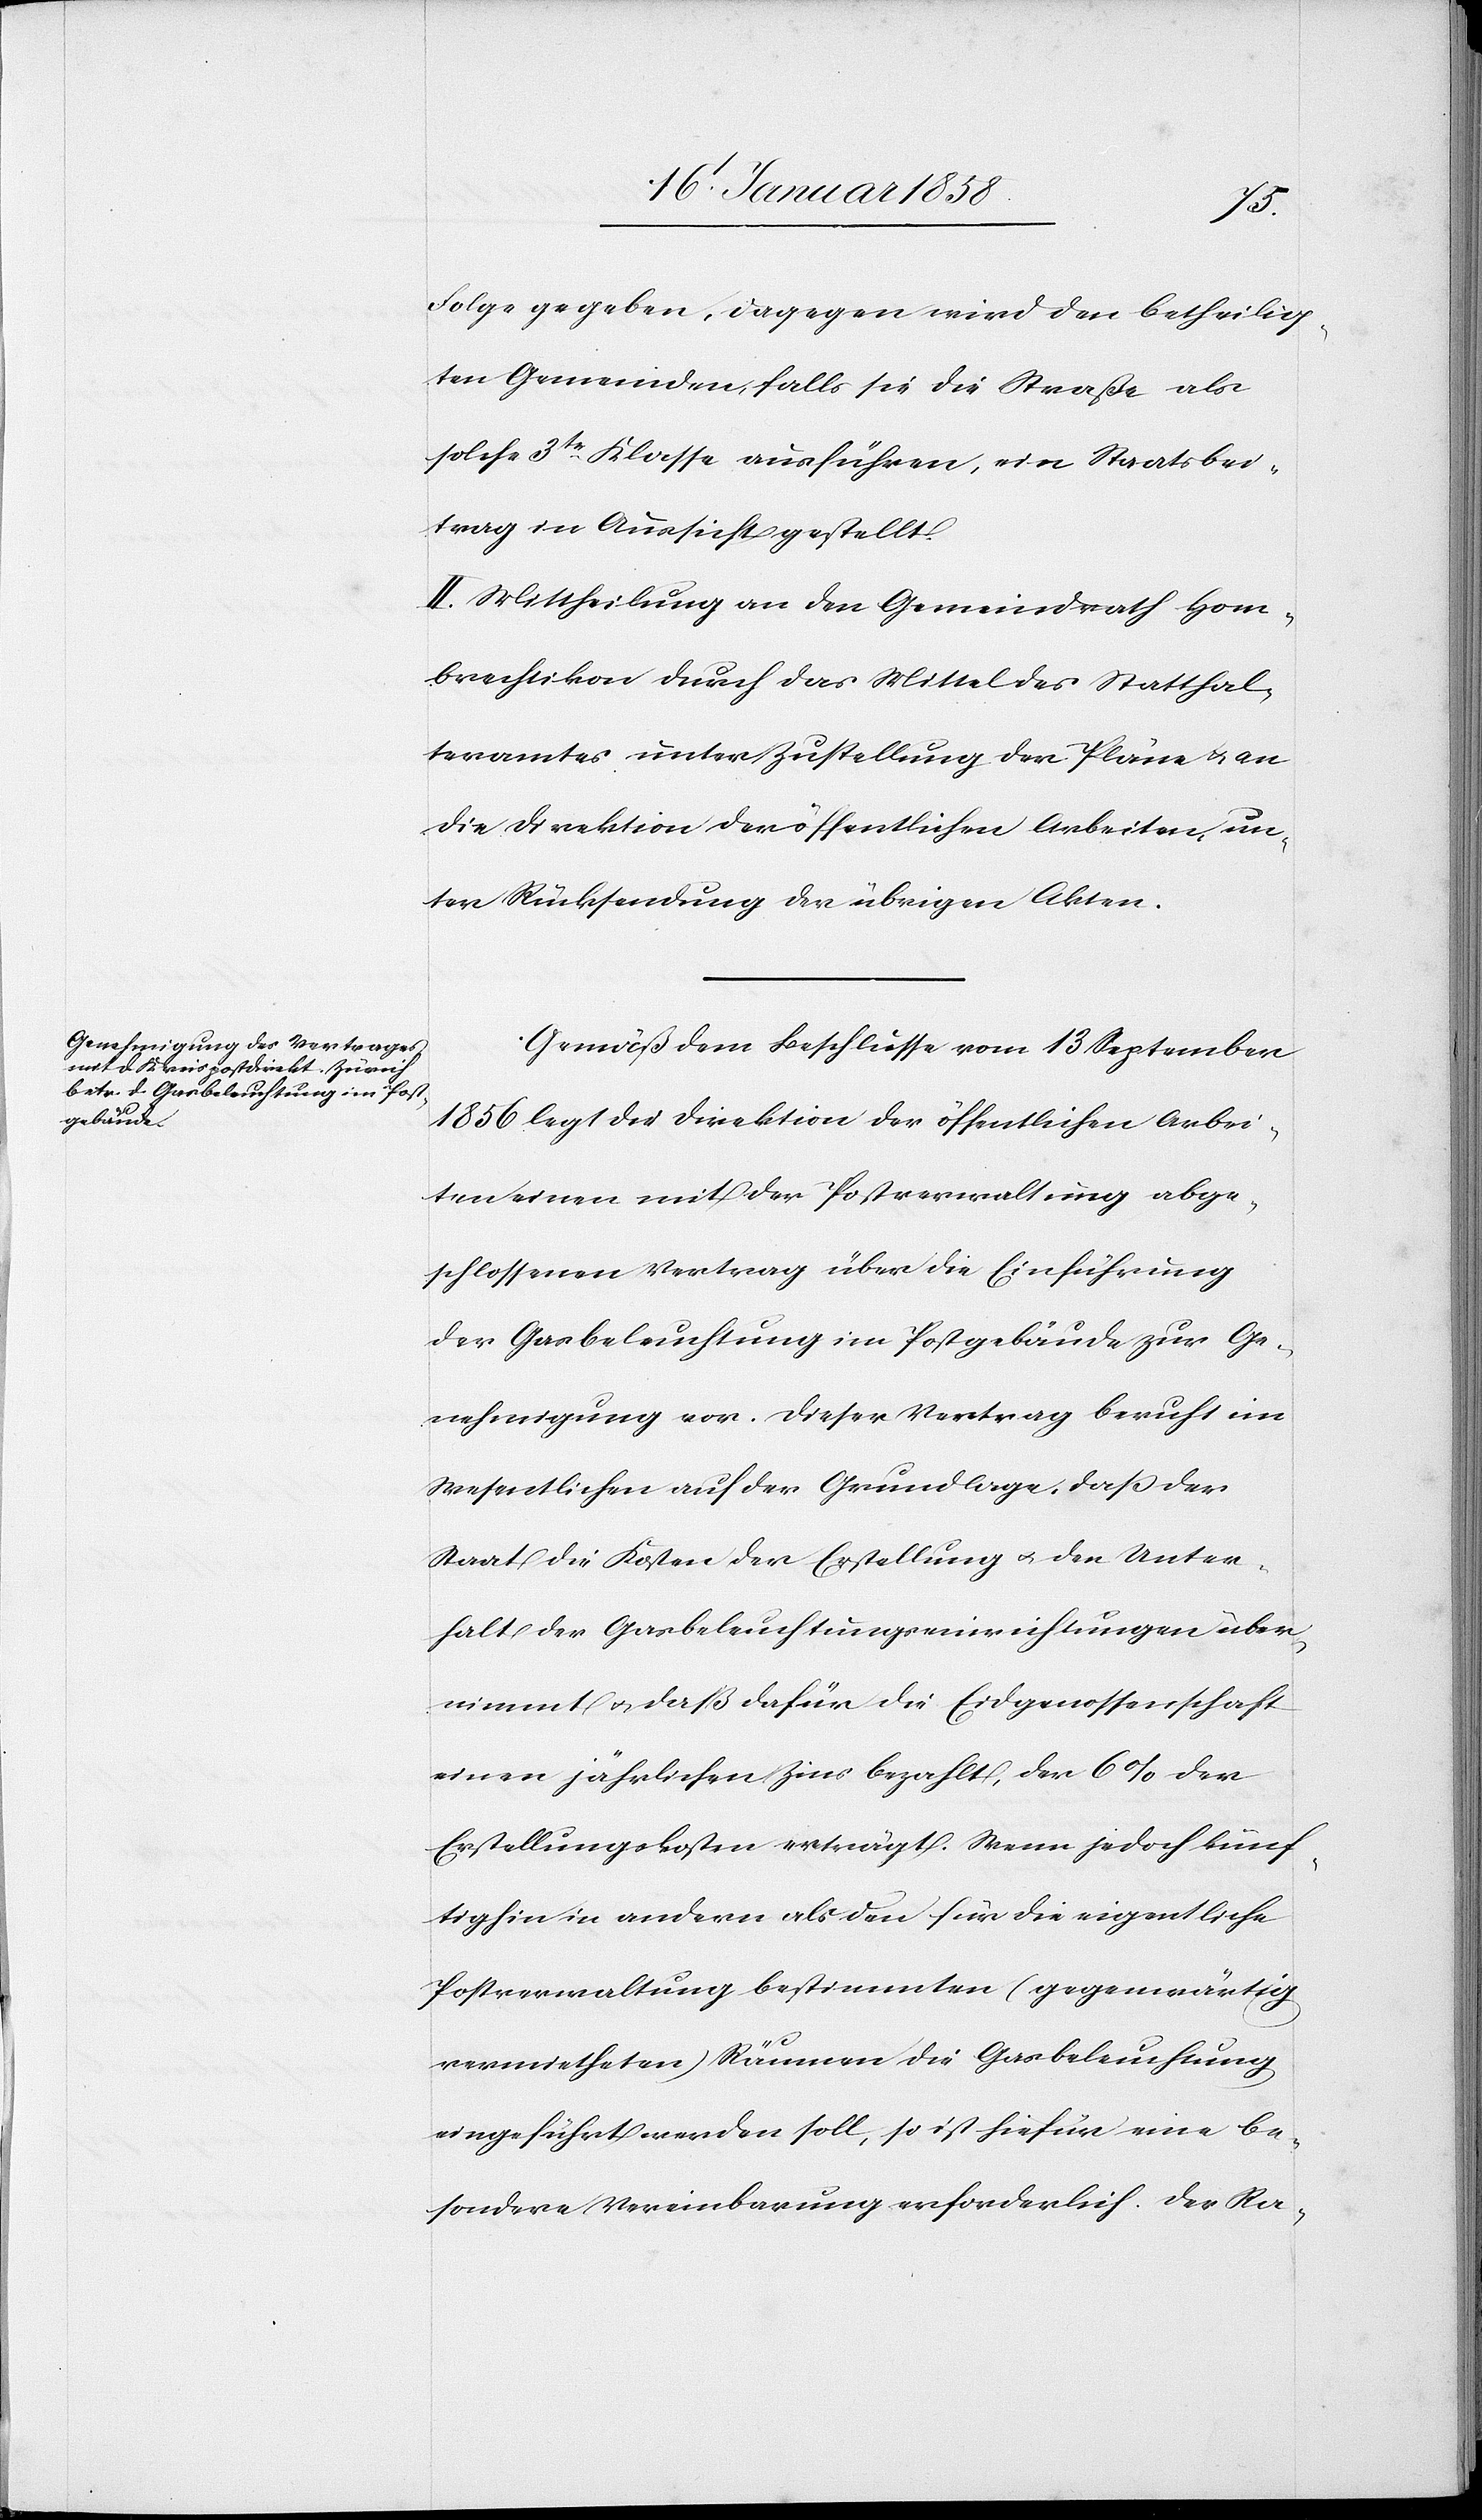
Folge gegeben, dagegen wird den betheilig¬
ten Gemeinden, falls sie die Straße als
solche 3tr. Klasse ausführen, ein Staatsbei¬
trag in Aussicht gestellt.
II. Mittheilung an den Gemeindrath Hom¬
brechtikon durch das Mittel des Statthal¬
teramtes unter Zustellung der Pläne u. an
die Direktion der öffentlichen Arbeiten, un¬
ter Rücksendung der übrigen Akten.
Gemäß dem Beschlusse vom 13 September
1856 legt die Direktion der öffentlichen Arbei¬
ten einen mit der Postverwaltung abge¬
schlossenen Vertrag über die Einführung
der Gasbeleuchtung im Postgebäude zur Ge¬
nehmigung vor. Dieser Vertrag beruht im
Wesentlichen auf der Grundlage, daß der
Staat die Kosten der Erstellung u. den Unter¬
halt der Gasbeleuchtungseinrichtungen über¬
nimmt u. daß dafür die Eidgenossenschaft
einen jährlichen Zins bezahlt, der 6 % der
Erstellungskosten erträgt. Wenn jedoch künf¬
tighin in andern als den für die eigentliche
Postverwaltung bestimmten (gegenwärtig
vermietheten) Räumen die Gasbeleuchtung
eingeführt werden soll, so ist hiefür eine be¬
sondere Vereinbarung erforderlich. Der Ra-